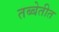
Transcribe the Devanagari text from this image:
तब्बेतीत